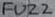
Text: FUZZ